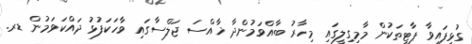
ގުޅިފައިވާ ޕާޓީތަކުން މާމިގިލީގައި މިހާރު ބާއްވަމުންދާ ޚާއްސަ ޖަލްސާގައި ވާހަކަފުޅު ދައްކަވަމުން ޑރ.